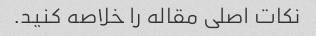
نکات اصلی مقاله را خلاصه کنید.